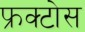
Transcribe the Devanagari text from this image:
फ्रक्टोस